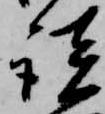
談